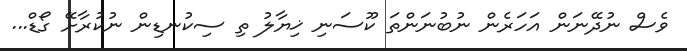
ވެސް ނުދޭނަން އަހަރެން ނުބުނަންތަ ކޫސަނި ޚިޔާލު ތި ސިކުނޑިން ނުކުރާށޭ ގޯޑް...